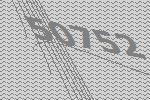
50752